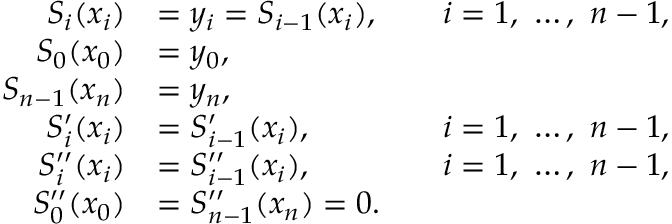
{ \begin{array} { r l r l } { S _ { i } ( x _ { i } ) } & { = y _ { i } = S _ { i - 1 } ( x _ { i } ) , } & & { i = 1 , \ \ldots , \ n - 1 , } \\ { S _ { 0 } ( x _ { 0 } ) } & { = y _ { 0 } , } \\ { S _ { n - 1 } ( x _ { n } ) } & { = y _ { n } , } \\ { S _ { i } ^ { \prime } ( x _ { i } ) } & { = S _ { i - 1 } ^ { \prime } ( x _ { i } ) , } & & { i = 1 , \ \ldots , \ n - 1 , } \\ { S _ { i } ^ { \prime \prime } ( x _ { i } ) } & { = S _ { i - 1 } ^ { \prime \prime } ( x _ { i } ) , } & & { i = 1 , \ \ldots , \ n - 1 , } \\ { S _ { 0 } ^ { \prime \prime } ( x _ { 0 } ) } & { = S _ { n - 1 } ^ { \prime \prime } ( x _ { n } ) = 0 . } \end{array} }